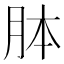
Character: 𦚄